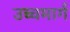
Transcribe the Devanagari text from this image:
उच्चमार्ग